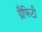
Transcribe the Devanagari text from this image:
ग्रैफिटी